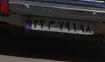
۲۲م۷۹۱۹۸